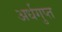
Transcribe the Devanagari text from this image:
अर्धगुप्त